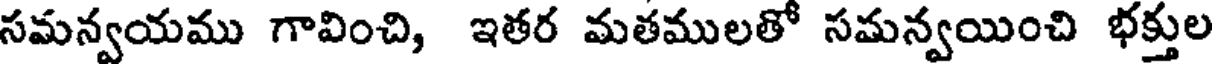
సమన్వయము గావించి, ఇతర మతములతో సమన్వయించి భక్తుల